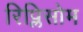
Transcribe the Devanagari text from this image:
रिप्लिसोम